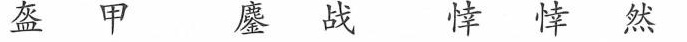
盔甲 鏖战 悻悻然